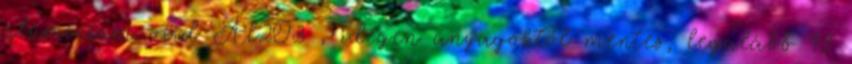
alumínium oxid Al2O3 , idegen anyagoktól mentes, legalább 93